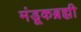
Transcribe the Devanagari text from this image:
मंडूकब्रह्मी